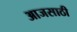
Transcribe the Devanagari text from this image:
आजसाठी